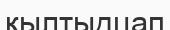
қылтыдцап